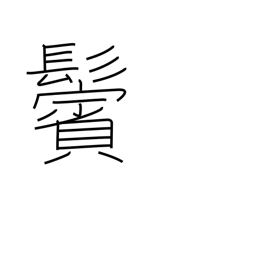
Meaning: sideburns